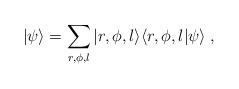
LaTeX: \begin{align*}|\psi\rangle=\sum_{r,\phi,l} |r,\phi, l\rangle\langle r, \phi, l |\psi\rangle\;,\end{align*}